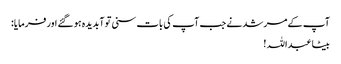
آپ کے مرشد نے جب آپ کی بات سنی تو آبدیدہ ہو گئے اور فرمایا:
بیٹا عبداللہ !